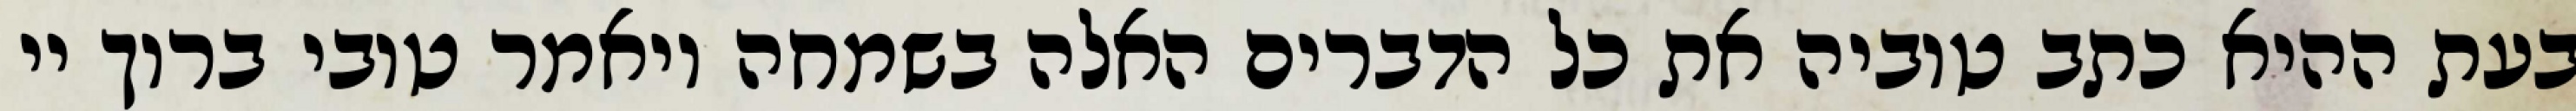
בעת ההיא כתב טוביה את כל הדברים האלה בשמחה ויאמר טובי ברוך יי